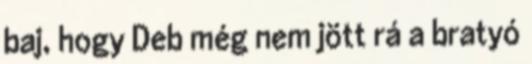
baj, hogy Deb még nem jött rá a bratyó